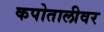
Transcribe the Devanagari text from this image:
कपोतालीवर